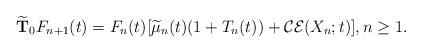
LaTeX: \begin{align*}\widetilde{\textbf{T}}_0F_{n+1}(t)=F_n(t)[\widetilde{\mu}_n(t)(1+T_n(t))+\mathcal{CE}(X_n;t)],n\geq1.\end{align*}